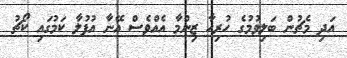
އަދި މެޗުން ބަލިވުމުގެ ހުރިހާ ޒިންމާ އެއްވެސް އޭނާ އުފުލާ ކަމުގައި ކޯޗު